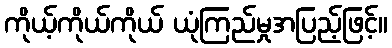
ကိုယ့်ကိုယ်ကိုယ် ယုံကြည်မှုအပြည့်ဖြင့်။